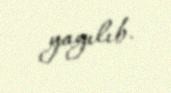
yayılıb.